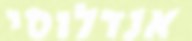
אנדלוסי